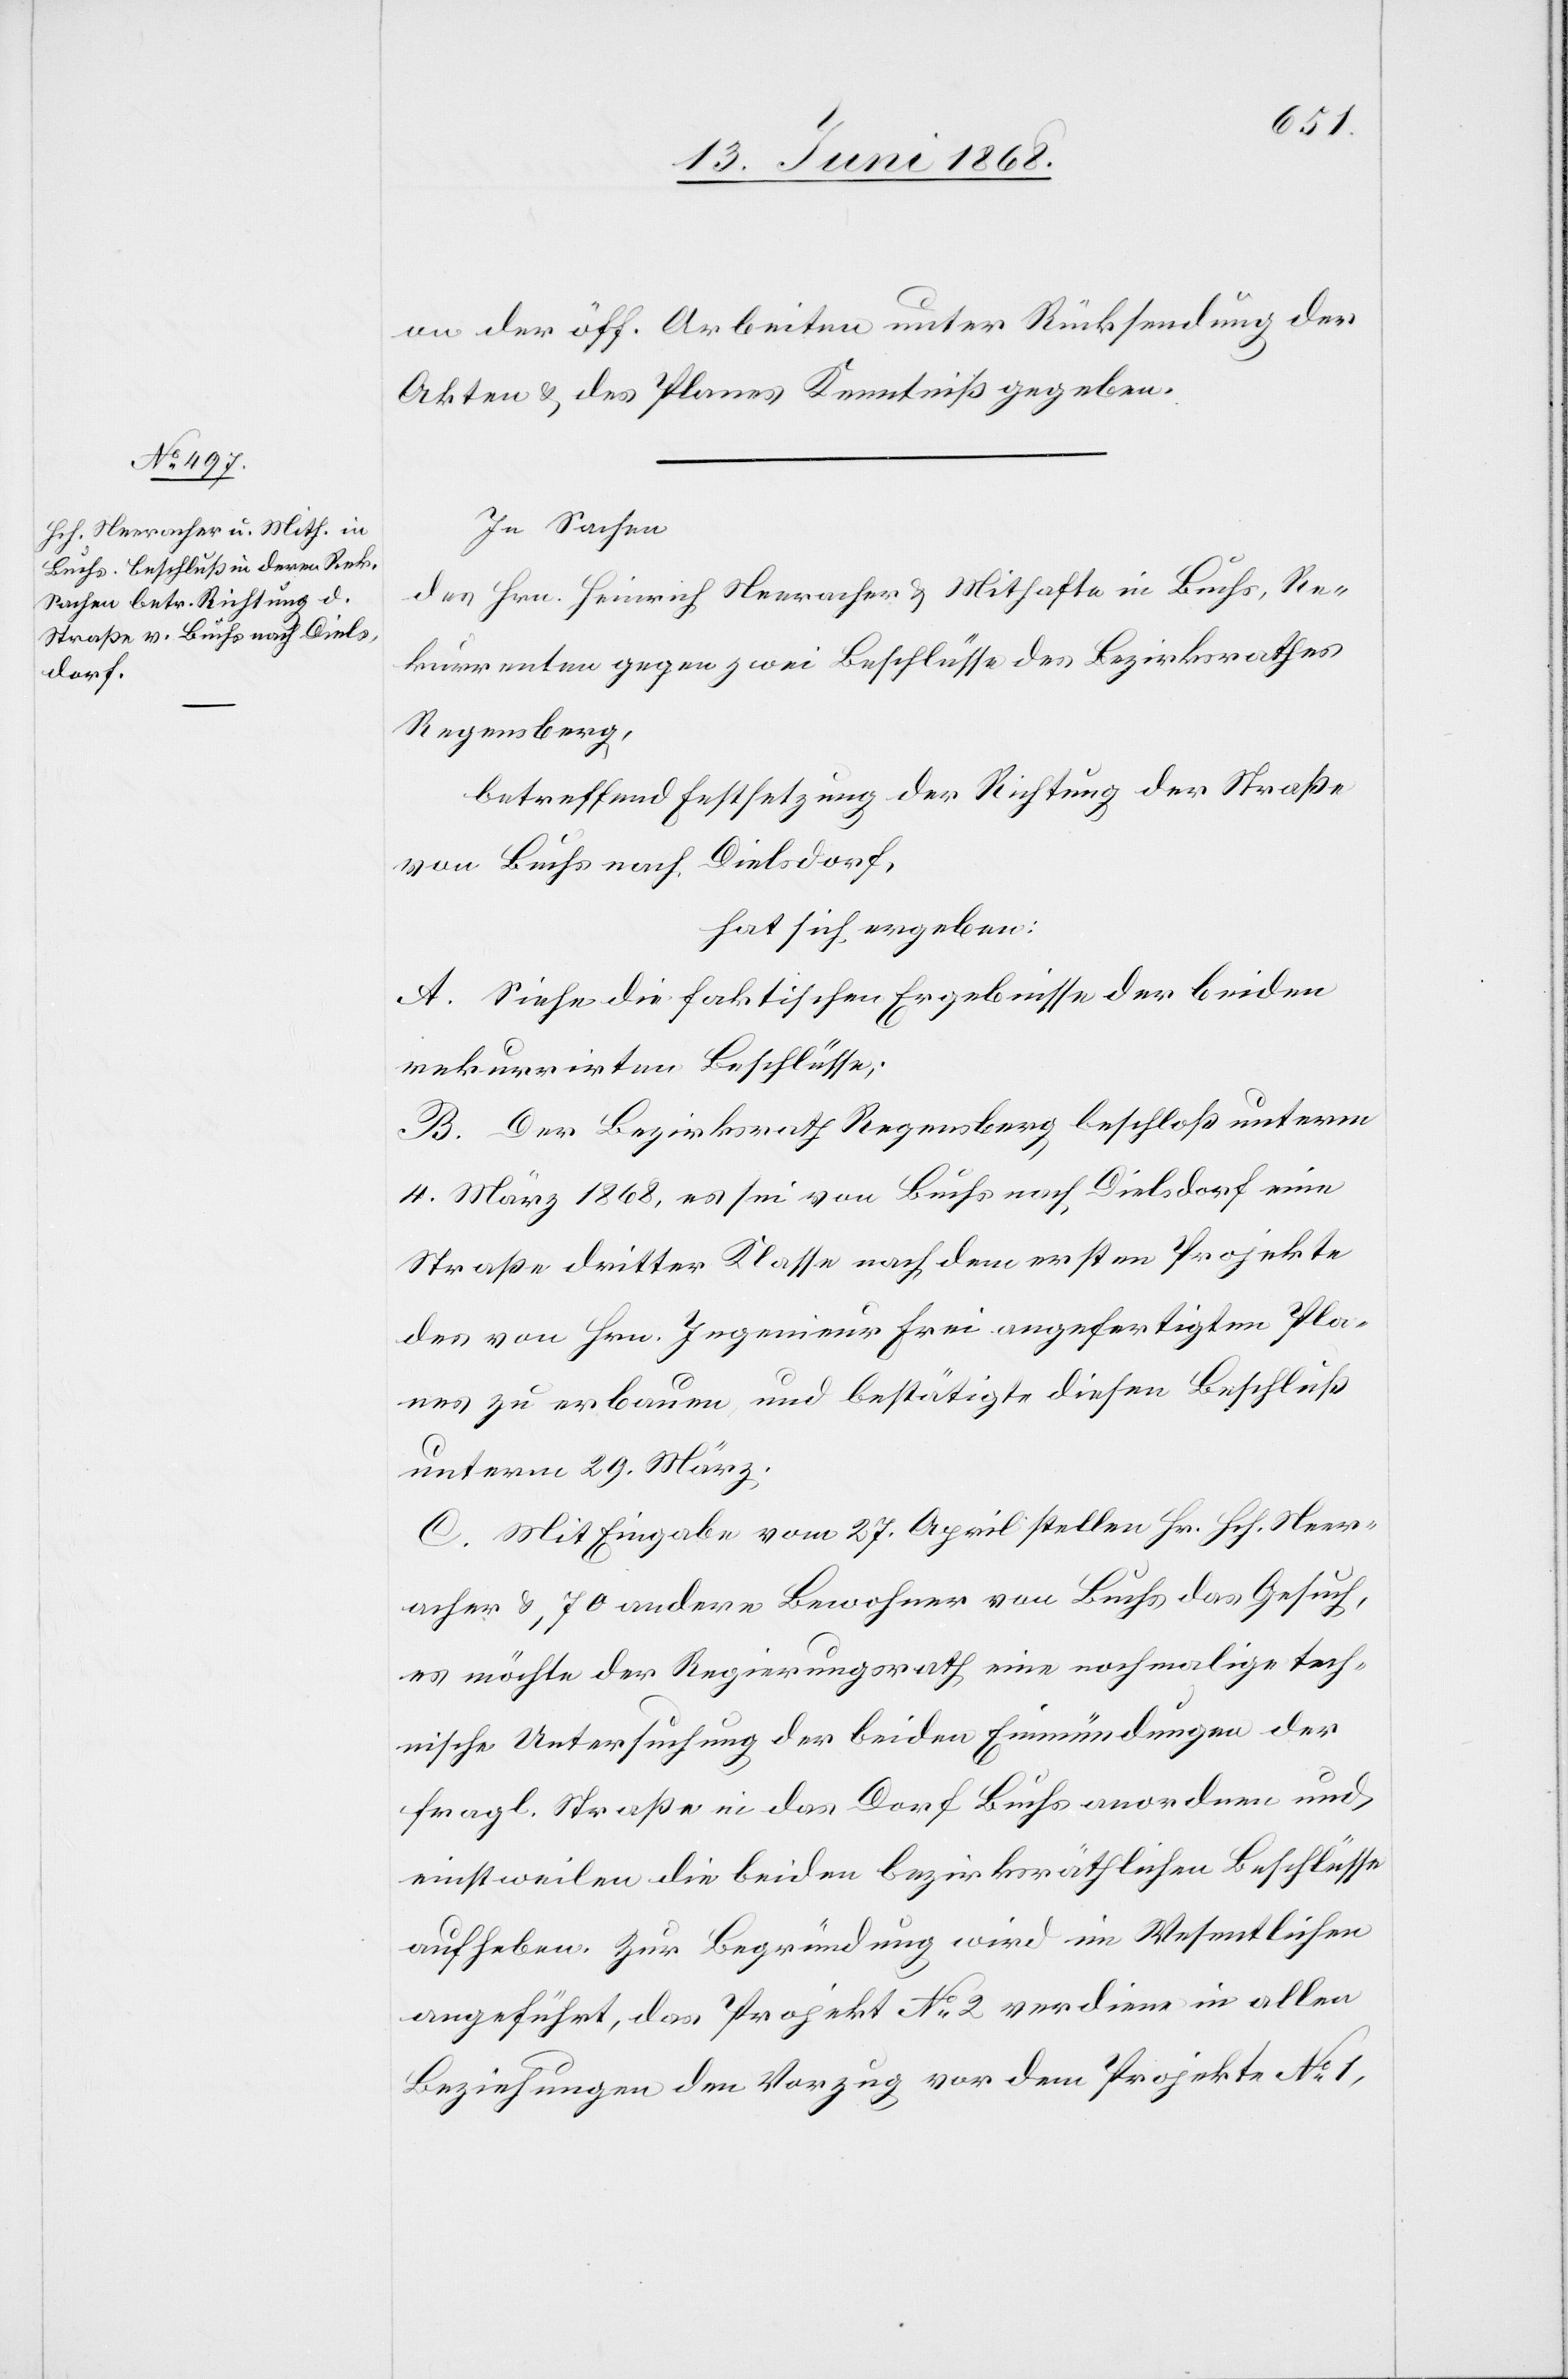
on der öff. Arbeiten unter Rücksendung der
Akten & des Planes Kenntniß gegeben.
In Sachen
des Hrn. Heinrich Neeracher & Mithafte in Buchs, Re¬
kurrenten gegen zwei Beschlüsse des Bezirksrathes
Regensberg,
betreffend Festsetzung der Richtung der Straße
von Buchs nach Dielsdorf,
hat sich ergeben:
A. Siehe die faktischen Ergebnisse der beiden
rekurrirten Beschlüsse;
B. Der Bezirksrath Regensberg beschloß unterm
4. März 1868, es sei von Buchs nach Dielsdorf eine
Straße dritter Klasse nach dem ersten Projekte
des von Hrn. Ingenieur Frei angefertigten Pla¬
nes zu erbauen, und bestätigte diesen Beschluß
unterm 29. März.
C. Mit Eingabe vom 27. April stellen Hr. Hch. Neer¬
acher & 70 andere Bewohner von Buchs das Gesuch,
es möchte der Regierungsrath eine nochmalige tech¬
nische Untersuchung der beiden Einmündungen der
fragl. Straße in das Dorf Buchs anordnen und
einstweilen die beiden bezirksräthlichen Beschlüsse
aufheben. Zur Begründung wird im Wesentlichen
angeführt, das Projekt No 2 verdiene in allen
Beziehungen den Vorzug vor dem Projekte No 1,